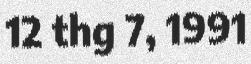
12 thg 7, 1991